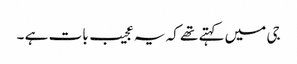
جی میں کہتے تھے کہ یہ عجیب بات ہے ۔